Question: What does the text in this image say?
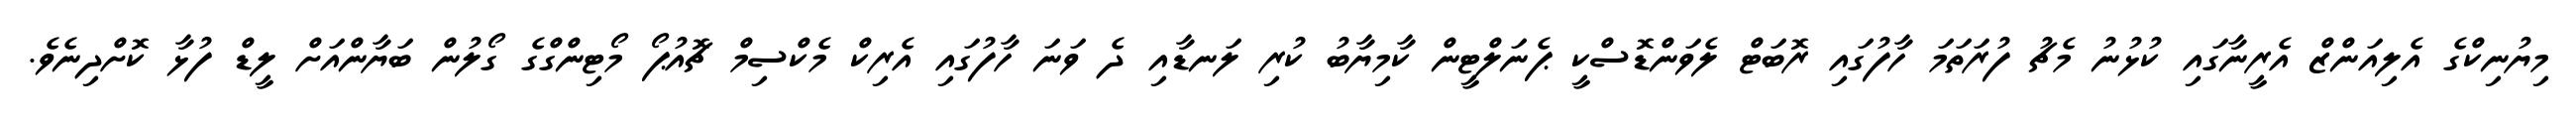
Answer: މިޔުނިކްގެ އެލިއަންޒް އެރީނާގައި ކުޅުނު މެޗު ފުރަތަމަ ހާފުގައި ރޮބަޓް ލެވަންޑޮސްކީ ޕެނަލްޓީން ކާމިޔާބު ކުރި ލަނޑާއި ދެ ވަނަ ހާފުގައި އެރިކް މެކްސިމް ޗޮއުޕޯ މޯޓިންގްގެ ގޯލުން ބަޔާންއަށް ލީޑް ފުޅާ ކޮށްދިނެވެ.